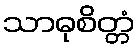
သာဓုစိတ္တံ